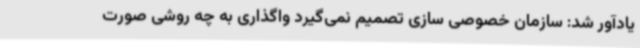
یادآور شد: سازمان خصوصی سازی تصمیم نمی‌گیرد واگذاری به چه روشی صورت